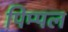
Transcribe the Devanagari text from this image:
पिम्पल